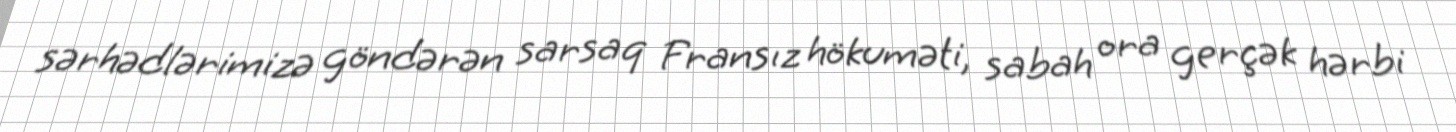
sərhədlərimizə göndərən sarsaq Fransız hökuməti, sabah ora gerçək hərbi